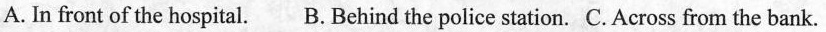
A. In front of the hospital. B. Behind the police station. C.Across from the bank.